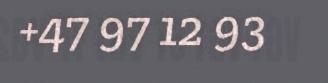
+47 97 12 93